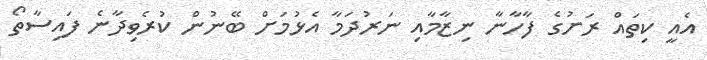
އެއީ ކިތައް ރަށުގެ ފާހާނާ ނިޒާމާއި ނަރުދަމާ އެޅުމަށް ބޭނުން ކުރެވިދާނެ ފައިސާތޯ